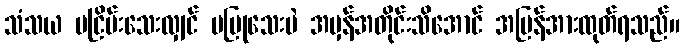
သံသယ မငြိမ်းသေးလျှင် မပြုသေးပဲ အမှန်အတိုင်းသိအောင် အမြန်အားထုတ်ရသည်။